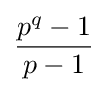
{\frac {p^{q}-1}{p-1}}